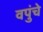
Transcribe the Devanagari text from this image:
वपुंचे